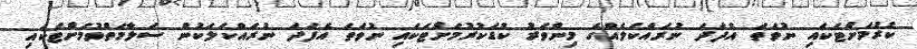
ކުރުމަށްޓަކައި ނުވަތަ އެފަދަ ނުރައްކަލެއްގެ މިންވަރު ކުޑަކުރުމަށްޓަކައި ނުވަތަ އެފަދަ ނުރައްކަލަކުން ސަލާމަތްވުމަށްޓަކައި